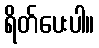
ရိတ်ပေးပါ။